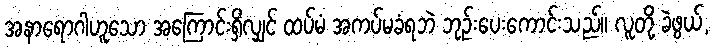
အနာရောဂါဟူသော အကြောင်းရှိလျှင် ထပ်မံ အကပ်မခံရဘဲ ဘုဉ်းပေးကောင်းသည်။ လူတို့ ခဲဖွယ်,